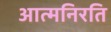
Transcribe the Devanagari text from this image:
आत्मनिरति